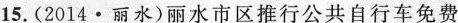
15.(2014·丽水)丽水市区推行公共自行车免费